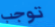
توجب